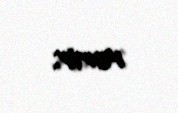
verir.